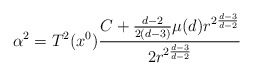
\begin{align*}\alpha^2 = T^2 (x^0 )\frac{C + \frac{d-2}{2(d-3)} \mu (d)r^{ 2 \frac{d-3}{d-2} } }{2 r^{2 \frac{d-3}{d-2}}}\end{align*}